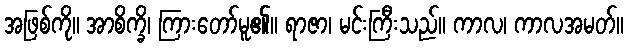
အဖြစ်ကို။ အာစိက္ခိ၊ ကြားတော်မူ၏။ ရာဇာ၊ မင်းကြီးသည်။ ကာလ၊ ကာလအမတ်။